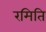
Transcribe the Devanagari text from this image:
रमिति